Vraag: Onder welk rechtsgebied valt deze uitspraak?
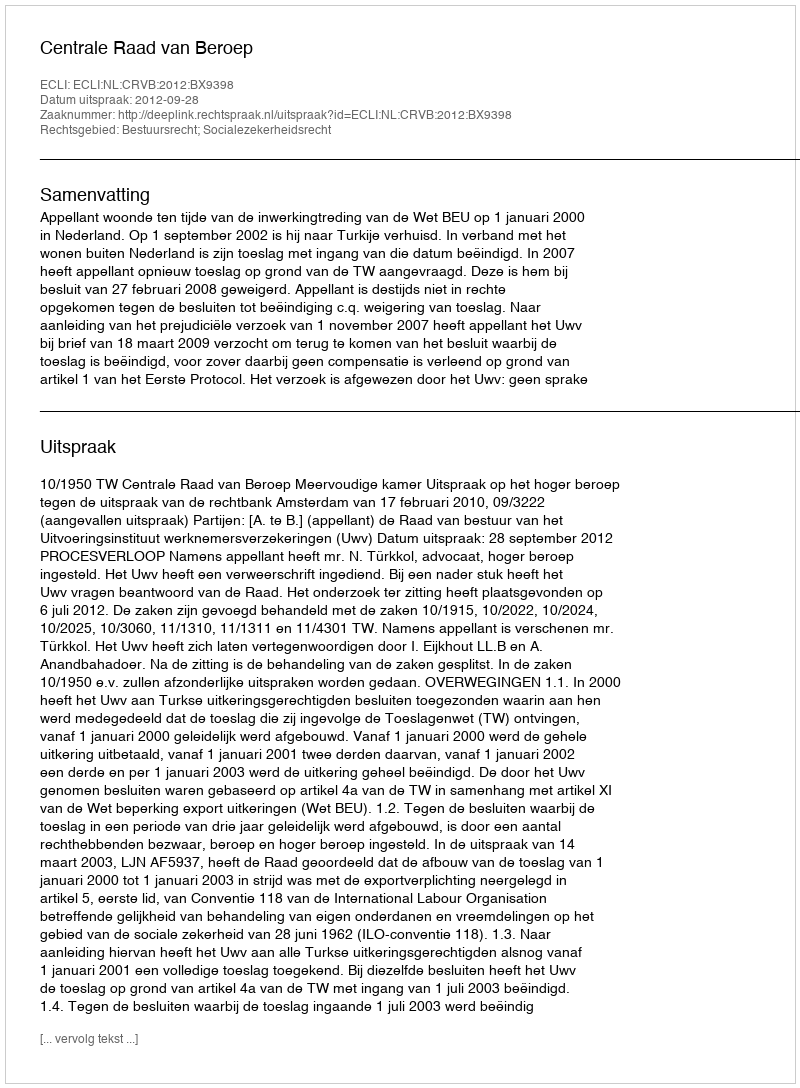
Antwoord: Bestuursrecht; Socialezekerheidsrecht